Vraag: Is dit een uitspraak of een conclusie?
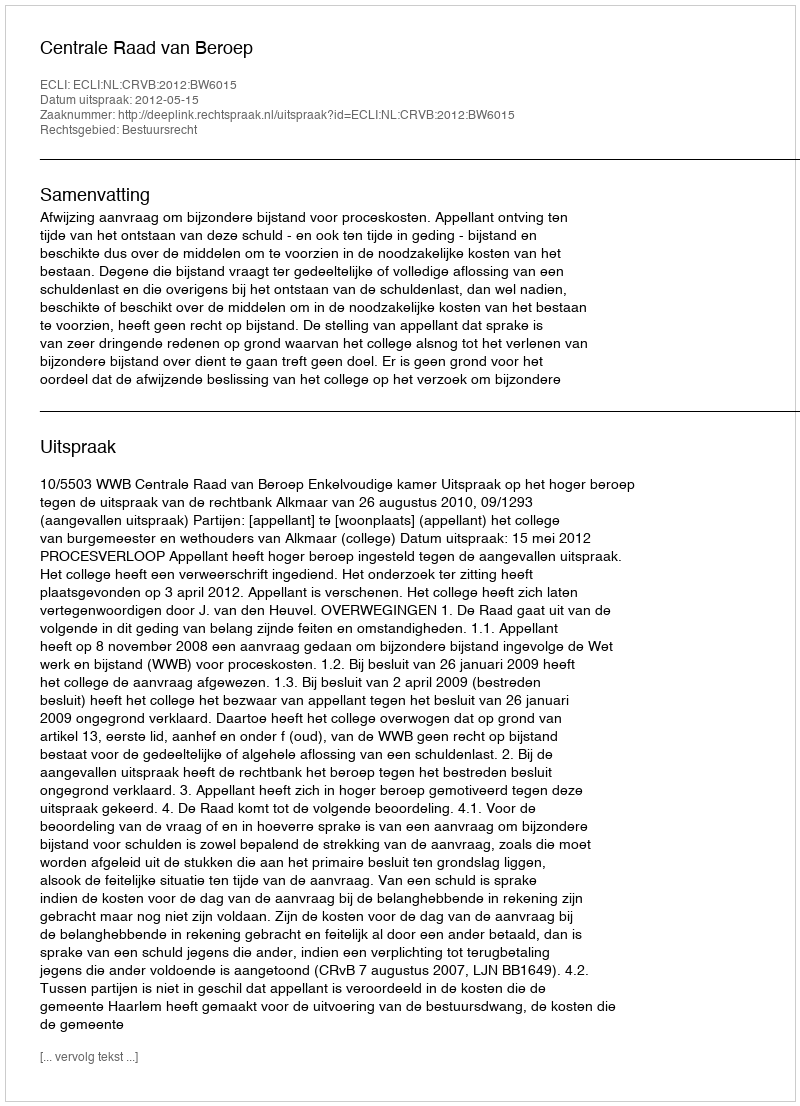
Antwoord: Uitspraak